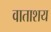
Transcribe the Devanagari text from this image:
वाताशय